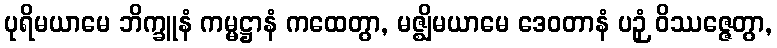
ပုရိမယာမေ ဘိက္ခူနံ ကမ္မဋ္ဌာနံ ကထေတွာ, မဇ္ဈိမယာမေ ဒေဝတာနံ ပဉှံ ဝိဿဇ္ဇေတွာ,